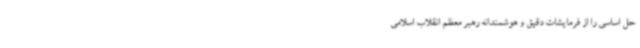
حل اساسی را از فرمایشات دقیق و هوشمندانه رهبر معظم انقلاب اسلامی